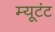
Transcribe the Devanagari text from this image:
म्यूटंट